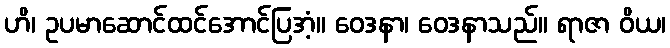
ဟိ၊ ဥပမာဆောင်ထင်အောင်ပြအံ့။ ဝေဒနာ၊ ဝေဒနာသည်။ ရာဇာ ဝိယ၊